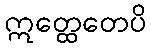
ဣတ္ထေတေပိ